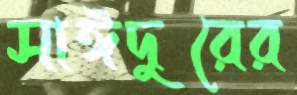
সাঈদুরের